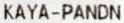
KAYA-PANDN